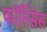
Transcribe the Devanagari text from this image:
फॉर्निसेस